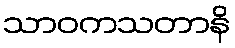
သာဝကသတာနိ